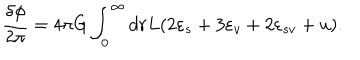
LaTeX: \frac { \delta \phi } { 2 \pi } = 4 \pi G \int _ { 0 } ^ { \infty } d r L ( 2 \varepsilon _ { s } + 3 \varepsilon _ { v } + 2 \varepsilon _ { s v } + u ) .